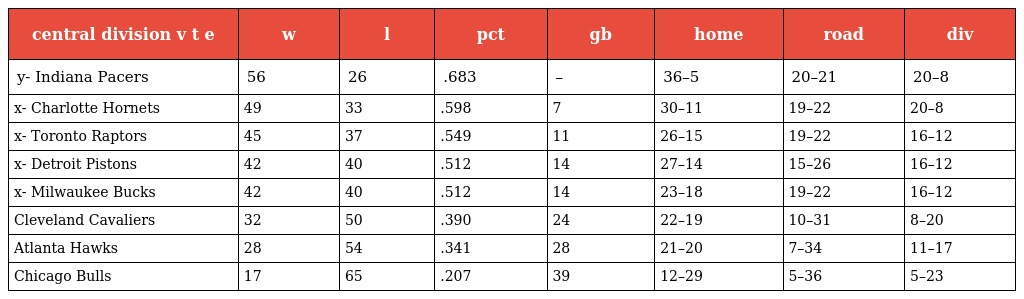
| central division v t e | w | l | pct | gb | home | road | div |
 | --- | --- | --- | --- | --- | --- | --- | --- |
 | y- Indiana Pacers | 56 | 26 | .683 | – | 36–5 | 20–21 | 20–8 |
 | x- Charlotte Hornets | 49 | 33 | .598 | 7 | 30–11 | 19–22 | 20–8 |
 | x- Toronto Raptors | 45 | 37 | .549 | 11 | 26–15 | 19–22 | 16–12 |
 | x- Detroit Pistons | 42 | 40 | .512 | 14 | 27–14 | 15–26 | 16–12 |
 | x- Milwaukee Bucks | 42 | 40 | .512 | 14 | 23–18 | 19–22 | 16–12 |
 | Cleveland Cavaliers | 32 | 50 | .390 | 24 | 22–19 | 10–31 | 8–20 |
 | Atlanta Hawks | 28 | 54 | .341 | 28 | 21–20 | 7–34 | 11–17 |
 | Chicago Bulls | 17 | 65 | .207 | 39 | 12–29 | 5–36 | 5–23 |